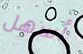
أسهل